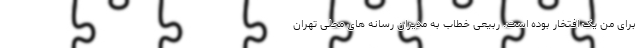
برای من یک افتخار بوده است. ربیعی خطاب به مدیران رسانه های محلی تهران